Annual report of the Imperial Bacteriologist
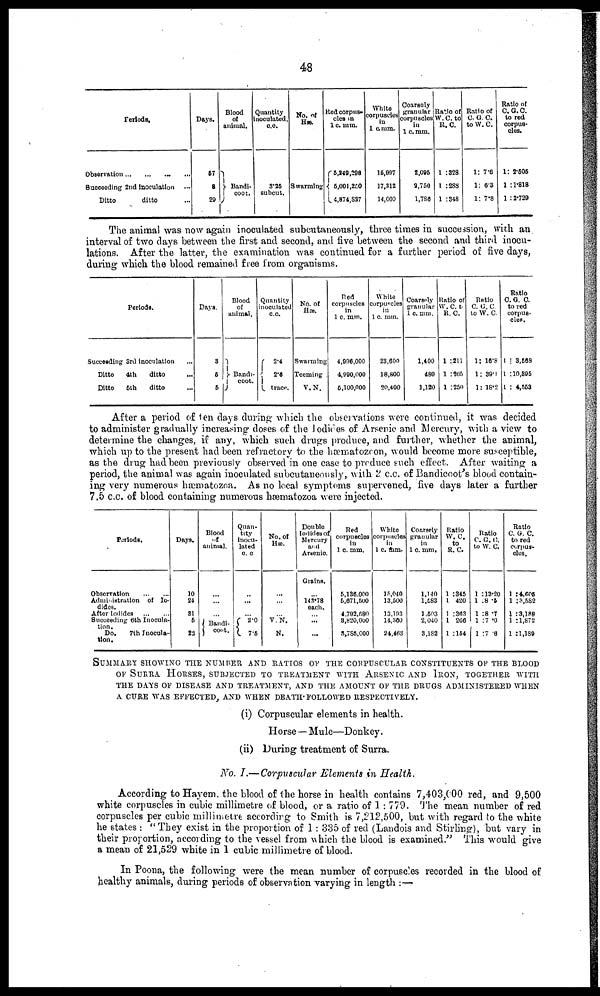
48
Periods.
Observation...
...
...
...
Succeeding 2nd inoculation
Ditto
ditto
Days.
57
8
29
Blood
of
animal.
Bandi-
coot.
Quantity
inoculated,
c.c.
3.25
subcut.
No. of
Hæ.
Swarming
Red corpus-
cles in
1 c. mm.
5,249,298
{ 5,001,250
4,874,827
White
corpuscles
in
1 c.mm.
15,997
17,312
14,000
Coarsely
granular
corpuscles
in
1 c.mm.
2,095
2,750
1,786
Ratio of
W.C.to
R. C.
1 :328
1:288
1 :348
Ratio of
C. G. C.
to W. C.
1: 7.6
1: 6.3
1: 7.8
Ratio of
C.G.C.
to red
corpus-
cles.
1: 2.505
1 : 1.818
1 : 2.729
The animal was now again inoculated subcutaneously, three times in succession, with an
interval of two days between the first and second, and five between the second and third inocu-
lations. After the latter, the examination was continued for a further period of five days,
during which the blood remained free from organisms.
Periods.
Succeeding 3rd inoculation
Ditto
4th
ditto
Ditto
5th
ditto
Days.
3
5
5
Blood
of
animal.
}Bandi-
coot.
Quantity
inoculated
c.c.
2.4
{ 2.6
trace.
No. of
Hæ.
Swarming
Teeming
V.N.
Red
corpuscles
in
1 c. mm.
4,996,000
4,990,000
5,100,000
White
corpuscles
in
1 c. mm.
23,600
18,800
20,400
Coarsely
granular
1 c. mm.
1,400
480
1,120
Ratio of
W. C. t.
R. C.
1 :211
1 :265
1 :250
Ratio
C. G. C.
to W. C.
1: 16.8
1: 39.1
1: 18.2
Ratio
C. G. C.
to red
corpus-
cles.
1 : 3,568
1 : 10,395
1 : 4,553
After a period of ten days during which the observations were continued, it was decided
to administer gradually increasing doses of the Iodides of Arsenic and Mercury, with a view to
determine the changes, if any, which such drugs produce, and further, whether the animal,
which up to the present had been refractory to the hæmatozoon, would become more susceptible,
as the drug had been previously observed in one case to produce such effect. After waiting a
period, the animal was again inoculated subcutaneously, with 2 c.c. of Bandicoot's blood contain-
ing very numerous hæmatozoa. As no local symptoms supervened, five days later a further
7.5 c.c. of blood containing numerous hæmatozoa were injected.
Periods.
Observation
...
...
Administration of Io-
dides.
After Iodides
...
...
Succeeding 6th Inocula-
tion.
Do.
7th Inocula-
tion.
Days.
10
24
31
5
22
Blood
of
animal.
...
...
...
}Bandi-
coot.
Quan-
tity
inocu-
lated
c. c.
...
...
... { 2.0
7.5
No. of
Hæ.
...
...
... V.N.
N.
Double
Iodides of
Mercury
and
Arsenic.
Grains.
...
143.78
each.
... ...
Red
corpuscles
in
1 c. mm.
5,136,000
5,671,500
4,792,580
8,820,000
3,785,000
White
corpuscles
in
1 c. mm.
15,040
13,500
13,193
14,360
24,463
Coarsely
granular
in
1 c. mm.
1,140
1,583
1,503
2,040
3,182
Ratio
W.C.
to
R. C
1 :345
1 :420
1 :363
1 266
1 :154
Ratio
C. G. C.
to W. C.
1 :13.20
1 :8 .5
1 :8 .7
1 :7 .0
1 :7 .6
Ratio
C. G. C.
to red
corpus-
cles.
1 :4,605
1 :3,582
1 : 3,188
1 :1,872
1 :1,189
SUMMARY SHOWING THE NUMBER AND RATIOS OF THE CORPUSCULAR CONSTITUENTS OF THE BL
OF SURRA HORSES, SUBJECTED TO TREATMENT WITH ARSENIC AND IRON, TOGETHER WITH
THE DAYS OF DISEASE AND TREATMENT, AND THE AMOUNT OF THE DRUGS ADMINISTERED WHEN
A CURE WAS EFFECTED, AND WHEN DEATH FOLLOWED RESPECTIVELY.
(i) Corpuscular elements in health.
Horse—Mule—Donkey.
(ii) During treatment of Surra.
No. I.— Corpuscular Elements in Health.
According to Hayem. the blood of the horse in health contains 7,403,000 red, and 9,500
white corpuscles in cubic millimetre of blood, or a ratio of 1: 779. The mean number of red
corpuscles per cubic millimetre according to Smith is 7,212,500, but with regard to the white
he states : "They exist in the proportion of 1: 335 of red (Landois and Stirling), but vary in
their proportion, according to the vessel from which the blood is examined." This would give
a mean of 21,529 white in 1 cubic millimetre of blood.
In Poona, the following were the mean number of corpuscles recorded in the blood of
healthy animals, during periods of observation varying in length :—